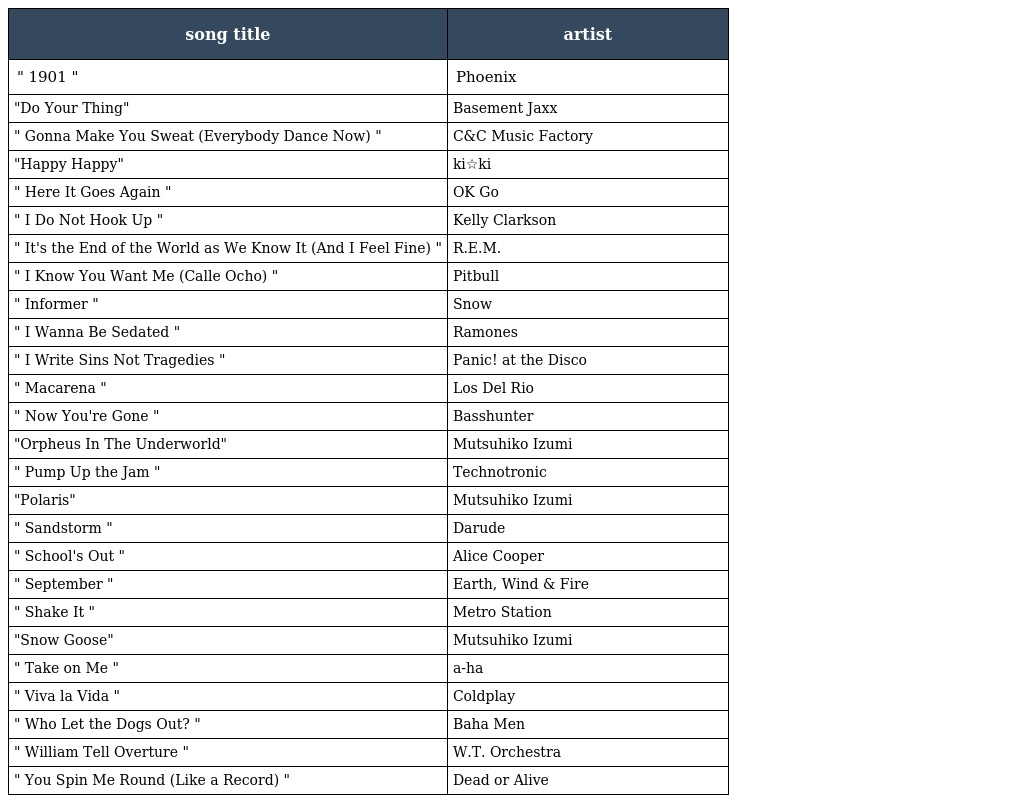
| song title | artist |
 | --- | --- |
 | " 1901 " | Phoenix |
 | "Do Your Thing" | Basement Jaxx |
 | " Gonna Make You Sweat (Everybody Dance Now) " | C&C Music Factory |
 | "Happy Happy" | ki☆ki |
 | " Here It Goes Again " | OK Go |
 | " I Do Not Hook Up " | Kelly Clarkson |
 | " It's the End of the World as We Know It (And I Feel Fine) " | R.E.M. |
 | " I Know You Want Me (Calle Ocho) " | Pitbull |
 | " Informer " | Snow |
 | " I Wanna Be Sedated " | Ramones |
 | " I Write Sins Not Tragedies " | Panic! at the Disco |
 | " Macarena " | Los Del Rio |
 | " Now You're Gone " | Basshunter |
 | "Orpheus In The Underworld" | Mutsuhiko Izumi |
 | " Pump Up the Jam " | Technotronic |
 | "Polaris" | Mutsuhiko Izumi |
 | " Sandstorm " | Darude |
 | " School's Out " | Alice Cooper |
 | " September " | Earth, Wind & Fire |
 | " Shake It " | Metro Station |
 | "Snow Goose" | Mutsuhiko Izumi |
 | " Take on Me " | a-ha |
 | " Viva la Vida " | Coldplay |
 | " Who Let the Dogs Out? " | Baha Men |
 | " William Tell Overture " | W.T. Orchestra |
 | " You Spin Me Round (Like a Record) " | Dead or Alive |